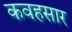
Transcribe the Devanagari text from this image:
कवहसार